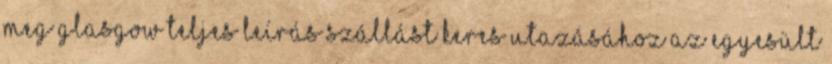
meg Glasgow Teljes leírás Szállást keres utazásához az Egyesült